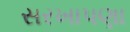
સરખાપણા